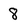
Character: 8